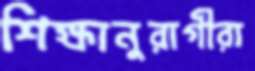
শিক্ষানুরাগীরা